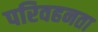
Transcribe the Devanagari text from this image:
परिवहनता